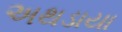
અથડાયા